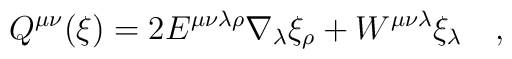
Q^{\mu\nu}(\xi)=2E^{\mu\nu\lambda\rho}\nabla_\lambda\xi_{\rho}+W^{\mu\nu\lambda}\xi_\lambda~~~,